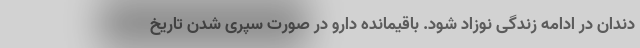
دندان در ادامه زندگی نوزاد شود. باقیمانده دارو در صورت سپری شدن تاریخ